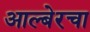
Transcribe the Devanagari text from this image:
आल्बेरचा